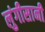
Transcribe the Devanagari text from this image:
लुंगीसानी